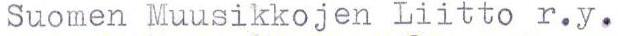
Suomen Muusikkojen Liitto r.y.